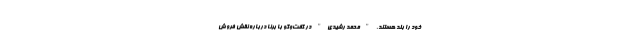
خود را بلد هستند. "محمد رشیدی" در گفت‌وگو با برنا درباره نقش فروش